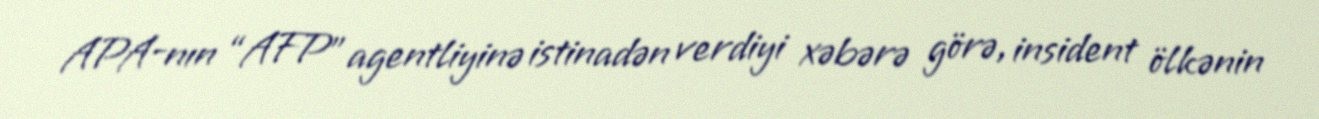
APA-nın “AFP” agentliyinə istinadən verdiyi xəbərə görə, insident ölkənin